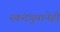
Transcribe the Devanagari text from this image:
स्कंदगुप्तानेही